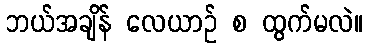
ဘယ်အချိန် လေယာဉ် စ ထွက်မလဲ။